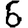
Digit: 6